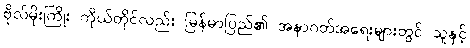
ဗိုလ်မိုးကြိုး ကိုယ်တိုင်လည်း မြန်မာပြည်၏ အနာဂတ်အရေးများတွင် သူနှင့်